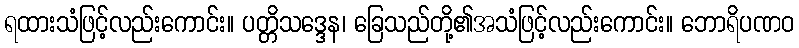
ရထားသံဖြင့်လည်းကောင်း။ ပတ္တိသဒ္ဒေန၊ ခြေသည်တို့၏အသံဖြင့်လည်းကောင်း။ ဘောရိပဏဝ